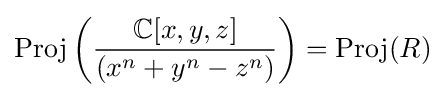
\operatorname {Proj} \left({\frac {\mathbb {C} [x,y,z]}{(x^{n}+y^{n}-z^{n})}}\right)=\operatorname {Proj} (R)